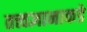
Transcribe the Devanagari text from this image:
तत्त्वज्ञानाकडे